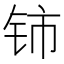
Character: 铈